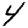
Digit: 4